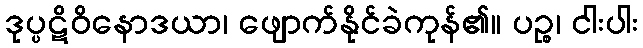
ဒုပ္ပဋိဝိနောဒယာ၊ ဖျောက်နိုင်ခဲကုန်၏။ ပဉ္စ၊ ငါးပါး